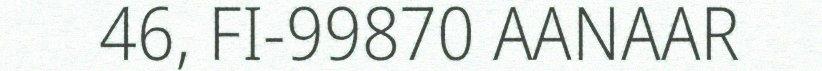
46, FI-99870 AANAAR